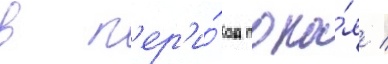
в п'ер'и́од поко́я /